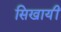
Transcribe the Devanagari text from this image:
सिखायीं